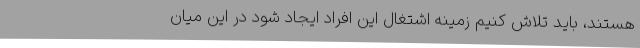
هستند، باید تلاش کنیم زمینه اشتغال این افراد ایجاد شود در این میان